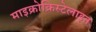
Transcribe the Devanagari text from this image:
माइक्रोक्रिस्टेलाइन